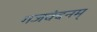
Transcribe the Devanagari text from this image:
गजवंदनम्